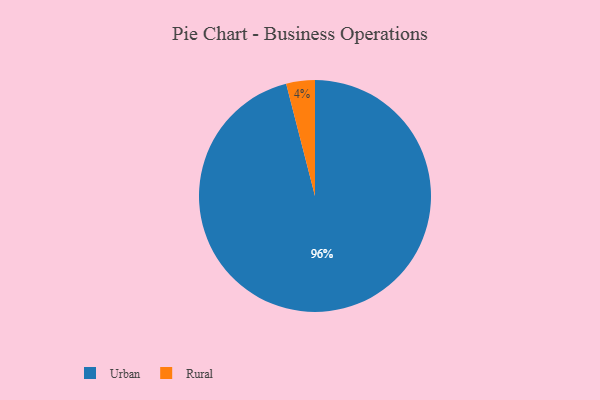
{"axis": {"x": "Category", "y": "Percentage"}, "legend": ["Rural", "Urban"], "data": [{"x": "Rural", "y": 4, "type": "Rural"}, {"x": "Urban", "y": 96, "type": "Urban"}]}